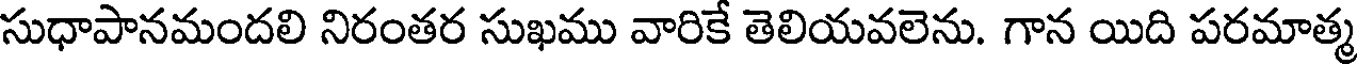
సుధాపానమందలి నిరంతర సుఖము వారికే తెలియవలెను. గాన యిది పరమాత్మ